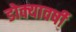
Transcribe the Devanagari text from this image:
डोक्यावर्षी